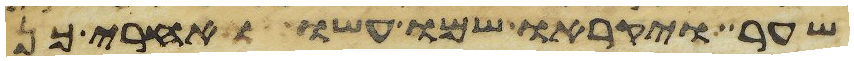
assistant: שער ויקראו שמו עשו ואחרי כן